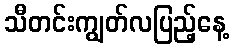
သီတင်းကျွတ်လပြည့်နေ့